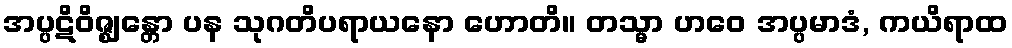
အပ္ပဋိဝိဇ္ဈန္တော ပန သုဂတိပရာယနော ဟောတိ။ တသ္မာ ဟဝေ အပ္ပမာဒံ, ကယိရာထ